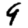
Digit: 9